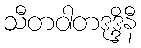
သီတဝါတဒုဒ္ဒိနီ